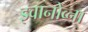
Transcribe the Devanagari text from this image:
इवानोव्ना